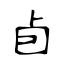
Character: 卣